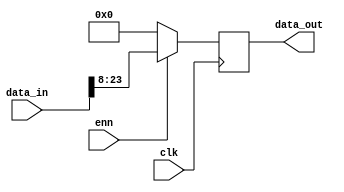
module data_shifter_right (
    input wire clk,              // Clock signal with frequency 40KHz
    input wire signed [23:0] data_in,   // 24-bit signed input data
    input enn,
    output reg [15:0] data_out    // 16-bit output data
);

// On every positive edge of the clock, perform an arithmetic right shift by 8 bits
always @(posedge clk) begin
    if(enn) begin
        data_out <= data_in >> 8; // Arithmetic right shift by 8 bits
    end
    else data_out <= 0;
   
end

endmodule